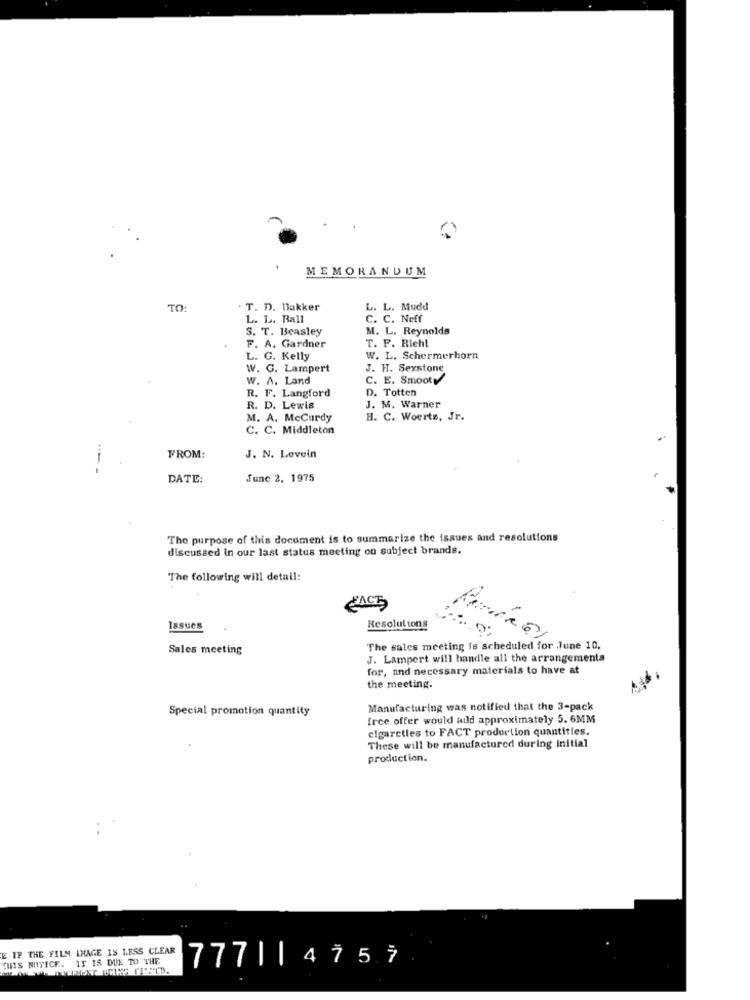
MEMORANDUM
TO:
. T. D. Bakker
L. L. Mudd
L. L. Ball
C. C. Neff
S. T. Beasley
M. L. Reynolds
F. A. Gardner
T. F. Richl
L. G. Kelly
W. L. Schermerhorn
W. G. Lampert
J. H. Sexstone
W. A. Land
C. E. Smoot
R. F. Langford
D. Totten
R. D. Lewis
J. M. Warner
M. A. McCurdy
H. C. Woerts, Jr.
C. C. Middleton
FROM:
J. N. Lovein
DATE:
June 2, 1975
The purpose of this document is to summarize the issues and resolutions
discussed in our last status meeting on subject brands.
The following will detail:
Issues
Resolutions
Sales meeting
The sales meeting is scheduled for June 10.
J. Lampert will handle all the arrangementa
for, and necessary materials to have at
the meeting.
Special promotion quantity
Manufacturing was notified that the 3-pack
free offer would add approximately 5. 6MM
cigaretles to FACT production quantities.
These will be manufactured during initial
production.
E IF THE FILM IMAGE IS LESS CLEAR
THIS NOTICE. IT IS DUE TO THE
777| | 4757